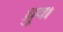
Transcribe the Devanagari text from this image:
ध्रुव।